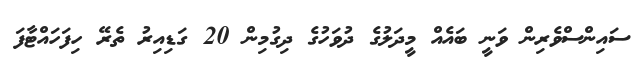
ސައިންސްވެރިން ވަނީ ބައެއް މީދަލުގެ ދުވަހުގެ ދިގުމިން 20 ގަޑިއިރު ތެރޭ ހިފަހައްޓާފަ